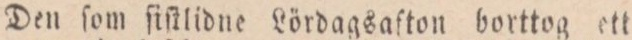
Den ſom ſiſtlidne Lördagsaſton borttog ett